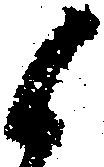
候